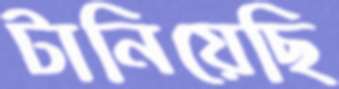
টানিয়েছি